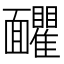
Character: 𩉗